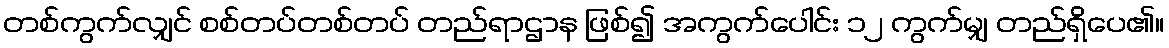
တစ်ကွက်လျှင် စစ်တပ်တစ်တပ် တည်ရာဌာန ဖြစ်၍ အကွက်ပေါင်း ၁၂ ကွက်မျှ တည်ရှိပေ၏။